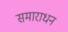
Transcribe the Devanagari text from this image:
समाराधन